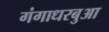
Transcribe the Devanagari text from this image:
गंगाधरबुआ